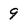
Character: 9